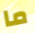
ما